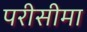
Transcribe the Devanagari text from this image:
परीसीमा